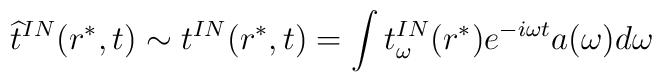
\widehat t^{IN}(r^*,t) \sim  t^{IN}(r^*,t) = \int t^{IN}_{\omega}(r^*) e^{- i\omega t} a(\omega) d\omega